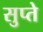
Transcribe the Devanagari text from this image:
सुप्ते